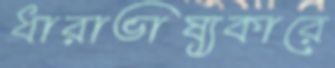
ধারাভাষ্যকারে